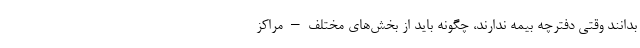
بدانند وقتی دفترچه بیمه ندارند، چگونه باید از بخش‌های مختلف – مراکز